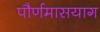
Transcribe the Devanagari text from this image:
पौर्णमासयाग